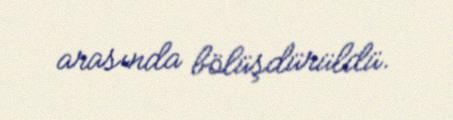
arasında bölüşdürüldü.